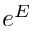
e ^ { E }